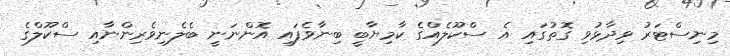
މިނިސްޓަރު ވިދާޅުވި ގޮތުގައި އެ ސްކޫލެއްގެ ކާމިޔާބީ ބިނާވެފައި އޮންނަނީ ބެލެނިވެރިންނާއި ސްކޫލްގެ